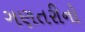
ગણતરીનો